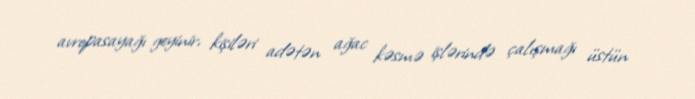
avropasayağı geyinir, kişiləri adətən ağac kəsmə işlərində çalışmağı üstün